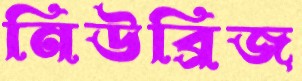
নিউব্রিজ